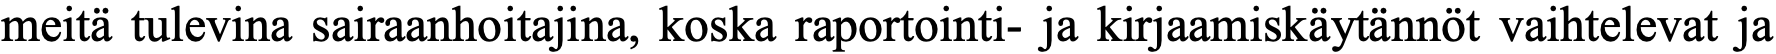
meitä tulevina sairaanhoitajina, koska raportointi- ja kirjaamiskäytännöt vaihtelevat ja